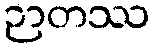
ဉာတဿ